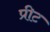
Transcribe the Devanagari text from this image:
प्रीट